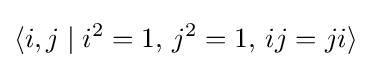
\langle i,j\mid i^{2}=1,\,j^{2}=1,\,ij=ji\rangle